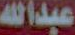
عبدالله